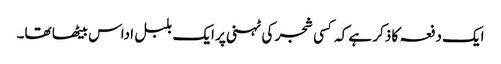
ایک دفعہ کا ذکر ہے کہ کسی شجر کی ٹہنی پر ایک بلبل اداس بیٹھا تھا۔